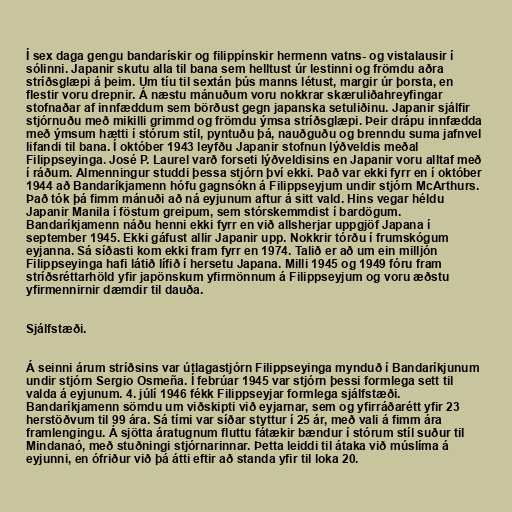
Í sex daga gengu bandarískir og filippínskir hermenn vatns- og vistalausir í
sólinni. Japanir skutu alla til bana sem helltust úr lestinni og frömdu aðra
stríðsglæpi á þeim. Um tíu til sextán þús manns létust, margir úr þorsta, en
flestir voru drepnir. Á næstu mánuðum voru nokkrar skæruliðahreyfingar
stofnaðar af innfæddum sem börðust gegn japanska setuliðinu. Japanir sjálfir
stjórnuðu með mikilli grimmd og frömdu ýmsa stríðsglæpi. Þeir drápu innfædda
með ýmsum hætti í stórum stíl, pyntuðu þá, nauðguðu og brenndu suma jafnvel
lifandi til bana. Í október 1943 leyfðu Japanir stofnun lýðveldis meðal
Filippseyinga. José P. Laurel varð forseti lýðveldisins en Japanir voru alltaf með
í ráðum. Almenningur studdi þessa stjórn því ekki. Það var ekki fyrr en í október
1944 að Bandaríkjamenn hófu gagnsókn á Filippseyjum undir stjórn McArthurs.
Það tók þá fimm mánuði að ná eyjunum aftur á sitt vald. Hins vegar héldu
Japanir Manila í föstum greipum, sem stórskemmdist í bardögum.
Bandaríkjamenn náðu henni ekki fyrr en við allsherjar uppgjöf Japana í
september 1945. Ekki gáfust allir Japanir upp. Nokkrir tórðu í frumskógum
eyjanna. Sá síðasti kom ekki fram fyrr en 1974. Talið er að um ein milljón
Filippseyinga hafi látið lífið í hersetu Japana. Milli 1945 og 1949 fóru fram
stríðsréttarhöld yfir japönskum yfirmönnum á Filippseyjum og voru æðstu
yfirmennirnir dæmdir til dauða.

Sjálfstæði.

Á seinni árum stríðsins var útlagastjórn Filippseyinga mynduð í Bandaríkjunum
undir stjórn Sergio Osmeña. Í febrúar 1945 var stjórn þessi formlega sett til
valda á eyjunum. 4. júlí 1946 fékk Filippseyjar formlega sjálfstæði.
Bandaríkjamenn sömdu um viðskipti við eyjarnar, sem og yfirráðarétt yfir 23
herstöðvum til 99 ára. Sá tími var síðar styttur í 25 ár, með vali á fimm ára
framlengingu. Á sjötta áratugnum fluttu fátækir bændur í stórum stíl suður til
Mindanaó, með stuðningi stjórnarinnar. Þetta leiddi til átaka við múslíma á
eyjunni, en ófriður við þá átti eftir að standa yfir til loka 20.